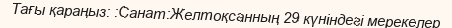
Тағы қараңыз: :Санат:Желтоқсанның 29 күніндегі мерекелер